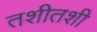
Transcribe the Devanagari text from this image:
तशीतशी